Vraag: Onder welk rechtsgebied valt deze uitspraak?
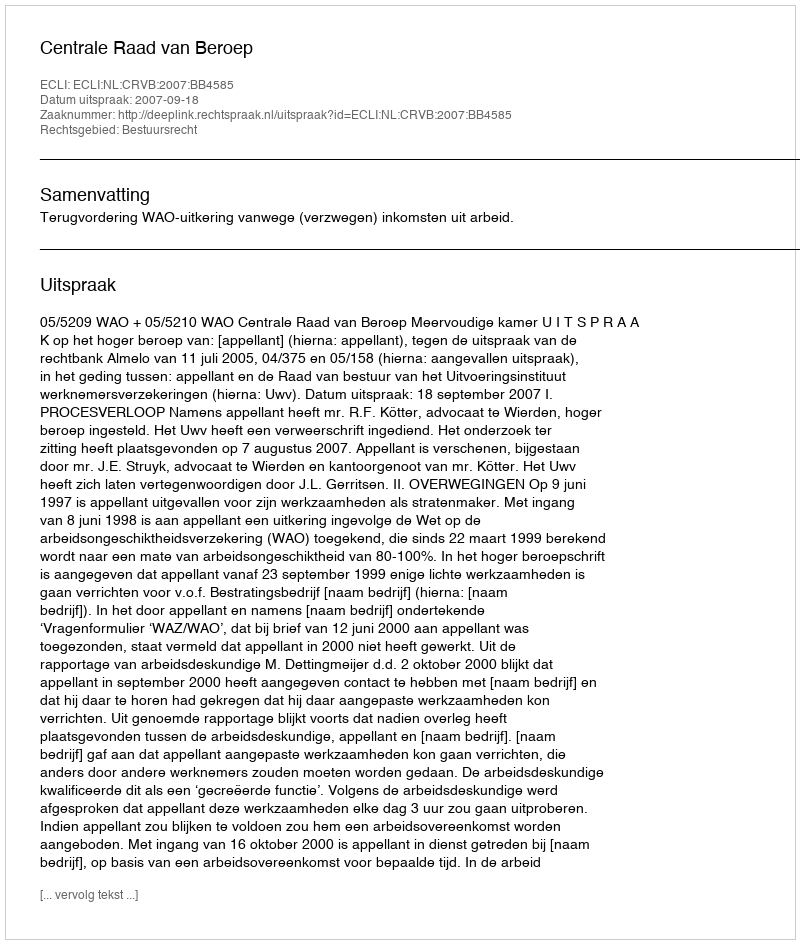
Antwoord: Bestuursrecht